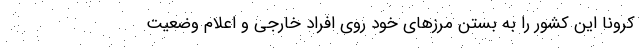
کرونا این کشور را به بستن مرزهای خود روی افراد خارجی و اعلام وضعیت